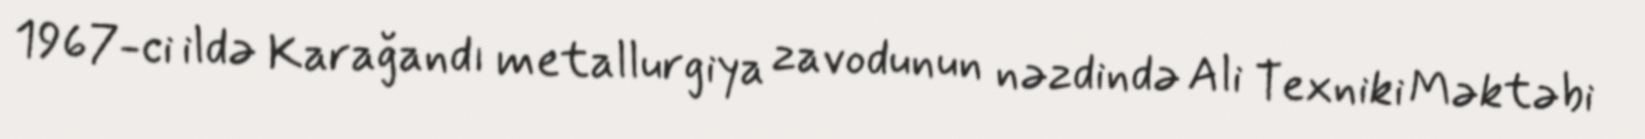
1967-ci ildə Karağandı metallurgiya zavodunun nəzdində Ali Texniki Məktəbi